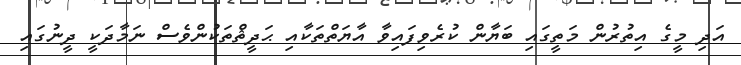
އަދި މީގެ އިތުރުން މަތީގައި ބަޔާން ކުރެވިފައިވާ އާޔަތްތަކާއި ޙަދީޘްތަކުންވެސް ނަމާދަކީ ދީނުގައި